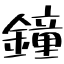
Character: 鐘